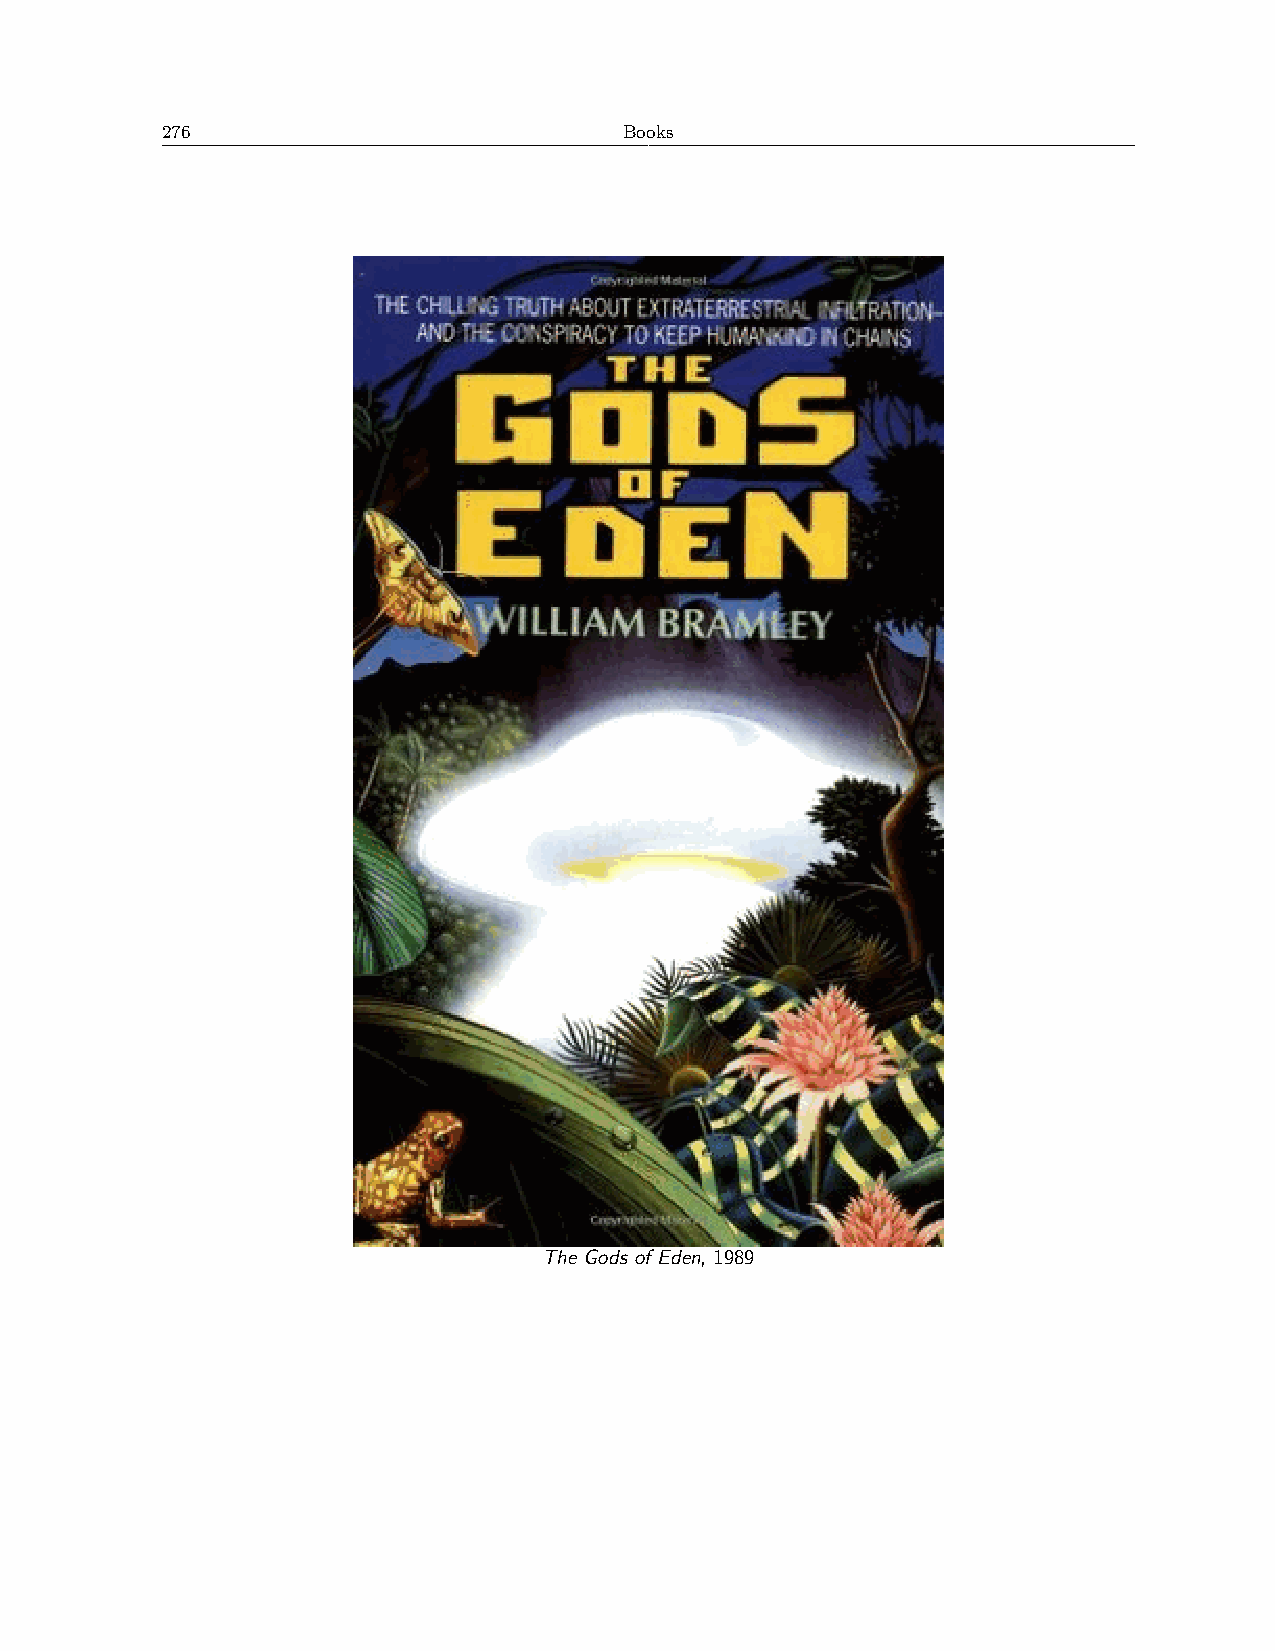
276                           Books
 The Gods of Eden, 1989